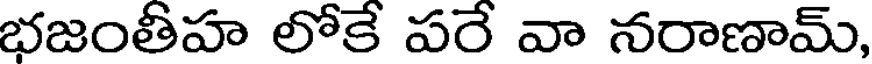
భజంతీహ లోకే పరే వా నరాణామ్,